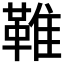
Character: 𩋘